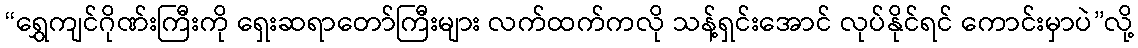
“ရွှေကျင်ဂိုဏ်းကြီးကို ရှေးဆရာတော်ကြီးများ လက်ထက်ကလို သန့်ရှင်းအောင် လုပ်နိုင်ရင် ကောင်းမှာပဲ”လို့